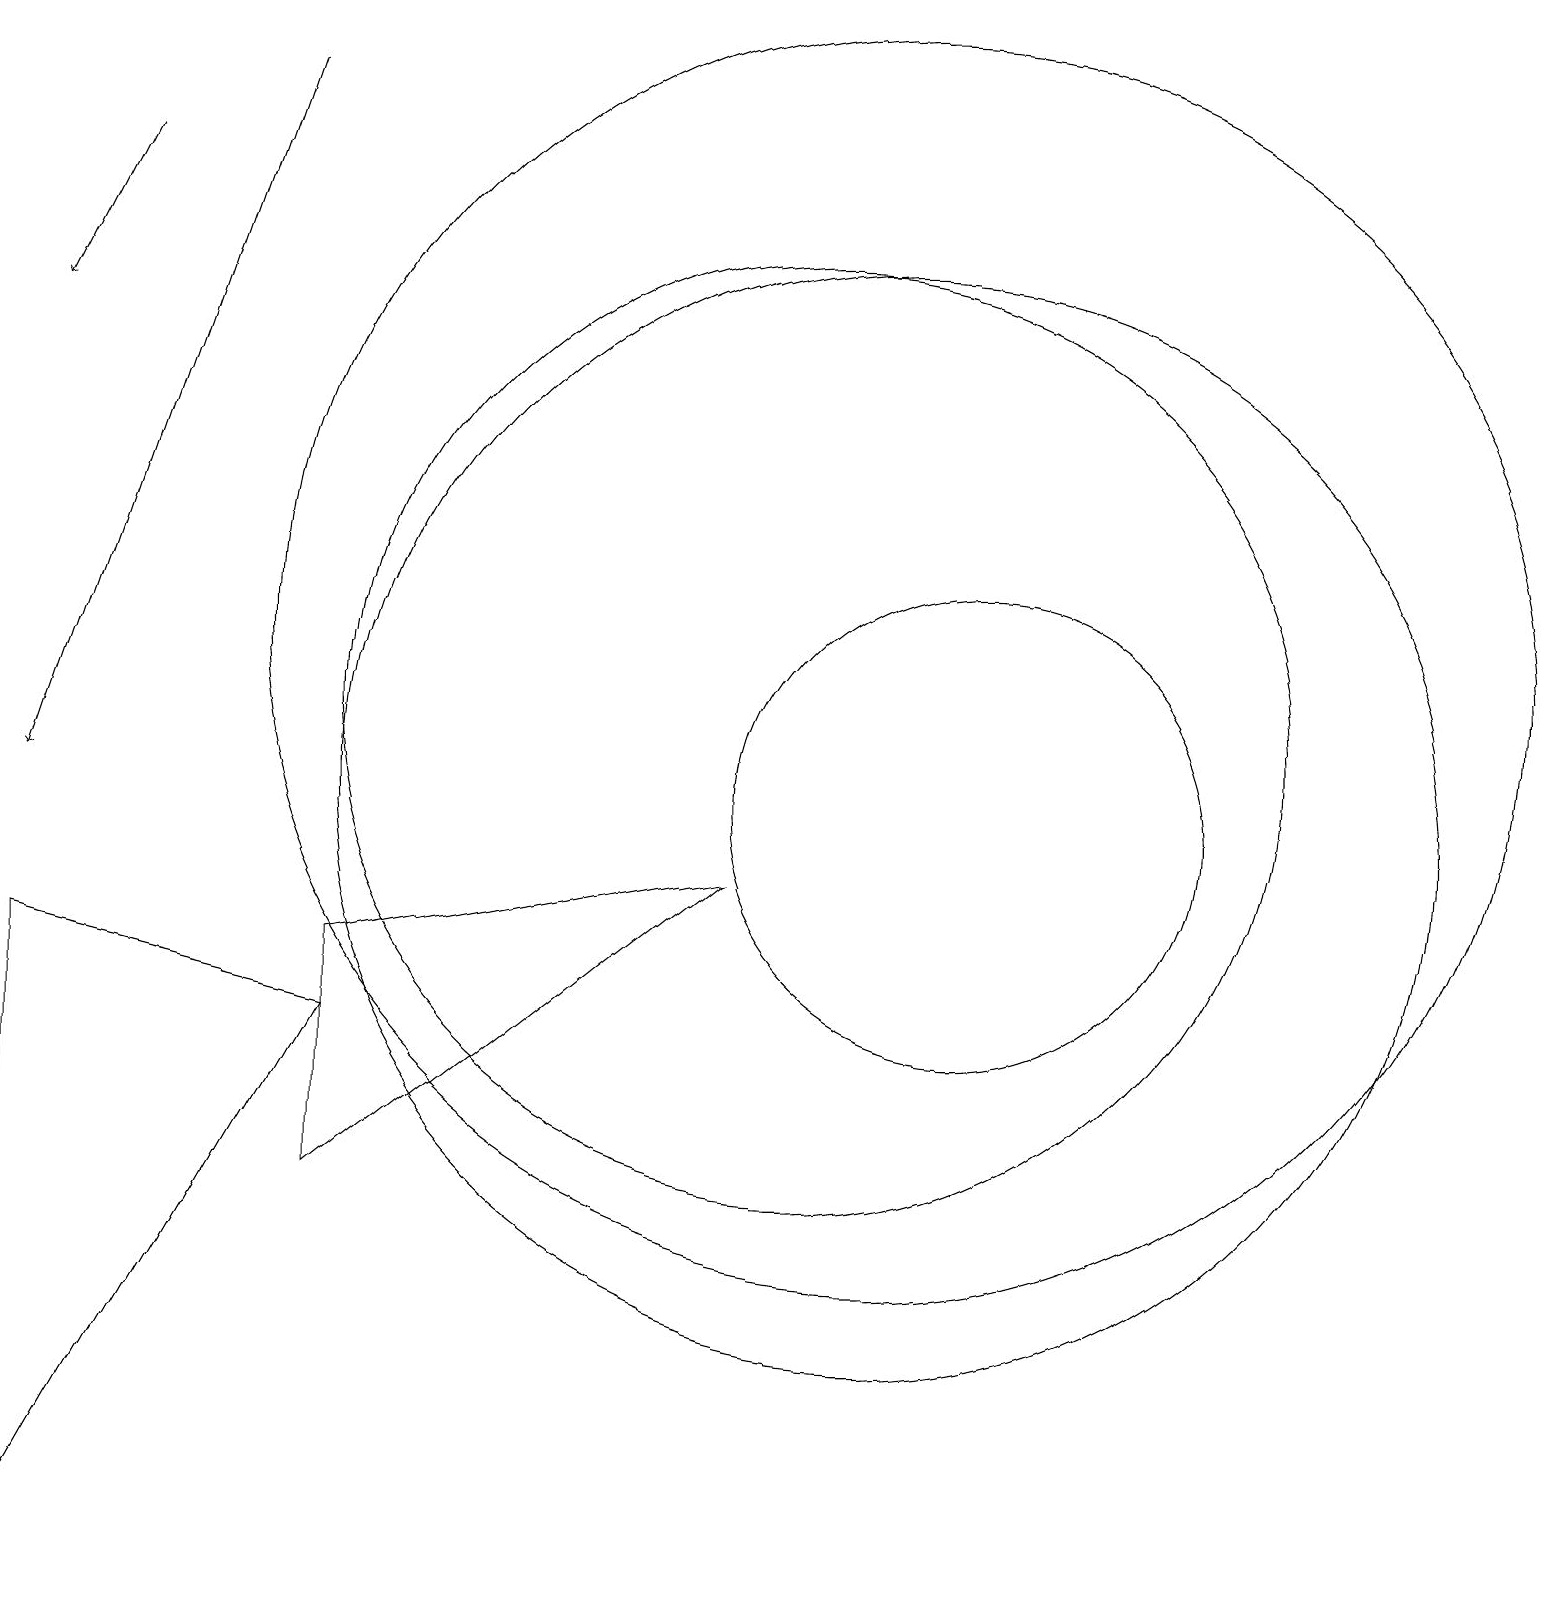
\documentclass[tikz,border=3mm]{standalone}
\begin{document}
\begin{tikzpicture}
\draw[->] (3,19) -- (0,10);
\draw (4,8) -- (9,9) -- (4,5) -- cycle;
\draw[->] (1,18) -- (0,16);
\draw (10,11) circle (6);
\draw (11,12) circle (8);
\draw (11,10) circle (7);
\draw (12,10) circle (3);
\draw (0,8) -- (4,7) -- (0,0) -- cycle;
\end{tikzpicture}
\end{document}